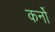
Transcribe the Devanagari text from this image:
कर्नो